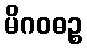
မိဂဝဓဉ္စ